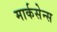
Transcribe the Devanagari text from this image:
मार्कसेन्स